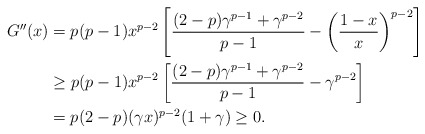
\begin{align*} G''(x)&=p(p-1)x^{p-2}\left[\frac{(2-p)\gamma^{p-1}+\gamma^{p-2}}{p-1}-\left(\frac{1-x}{x}\right)^{p-2}\right]\\&\geq p(p-1)x^{p-2}\left[\frac{(2-p)\gamma^{p-1}+\gamma^{p-2}}{p-1}-\gamma^{p-2}\right]\\&=p(2-p)(\gamma x)^{p-2}(1+\gamma)\geq 0.\end{align*}